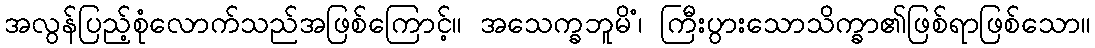
အလွန်ပြည့်စုံလောက်သည်အဖြစ်ကြောင့်။ အသေက္ခဘူမိံ၊ ကြီးပွားသောသိက္ခာ၏ဖြစ်ရာဖြစ်သော။